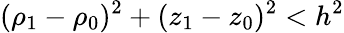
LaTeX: (\rho_{1}-\rho_{0})^{2}+(z_{1}-z_{0})^{2}<h^{2}